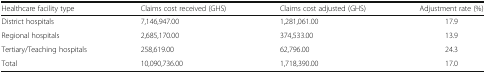
<table><thead><tr><td><b>Healthcare facility type</b></td><td><b>Claims cost received (GHS)</b></td><td><b>Claims cost adjusted (GHS)</b></td><td><b>Adjustment rate (%)</b></td></tr></thead><tbody><tr><td>District hospitals</td><td>7,146,947.00</td><td>1,281,061.00</td><td>17.9</td></tr><tr><td>Regional hospitals</td><td>2,685,170.00</td><td>374,533.00</td><td>13.9</td></tr><tr><td>Tertiary/Teaching hospitals</td><td>258,619.00</td><td>62,796.00</td><td>24.3</td></tr><tr><td>Total</td><td>10,090,736.00</td><td>1,718,390.00</td><td>17.0</td></tr></tbody></table>